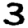
Digit: 3